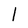
Character: l